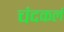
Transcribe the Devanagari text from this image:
चंदकलं